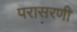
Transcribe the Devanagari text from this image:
परासरणी